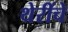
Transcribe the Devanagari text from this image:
थेरींचे